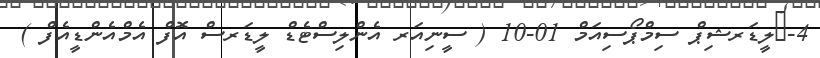
4-	ލީޑަރޝިޕް ސިމްޕޯސިއަމް 01-10 ( ސީނިއަރ އެންލިސްޓެޑް ލީޑަރސް އޮފް އެމްއެންޑީއެފް )